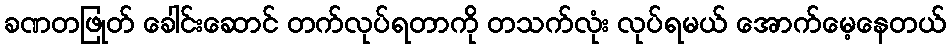
ခဏတဖြုတ် ခေါင်းဆောင် တက်လုပ်ရတာကို တသက်လုံး လုပ်ရမယ် အောက်မေ့နေတယ်